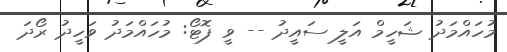
މުހައްމަދު ޝަހީމް އަލީ ސައީދު -- ވީ ފޮޓޯ: މުހައްމަދު ވަހީދު ރޯދަ